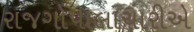
રાજગોપાલાચારીએ